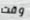
وقت